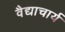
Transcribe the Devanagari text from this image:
वैद्याचार्य